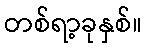
တစ်ရာ့ခုနှစ်။